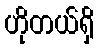
ဟိုတယ်ရှိ